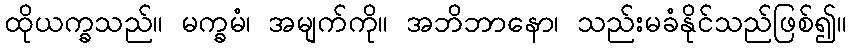
ထိုယက္ခသည်။ မက္ခမံ၊ အမျက်ကို။ အဘိဘာနော၊ သည်းမခံနိုင်သည်ဖြစ်၍။